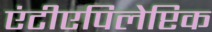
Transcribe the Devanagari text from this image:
एंटीएपिलेप्टिक